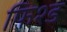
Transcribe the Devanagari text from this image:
फिश्ड